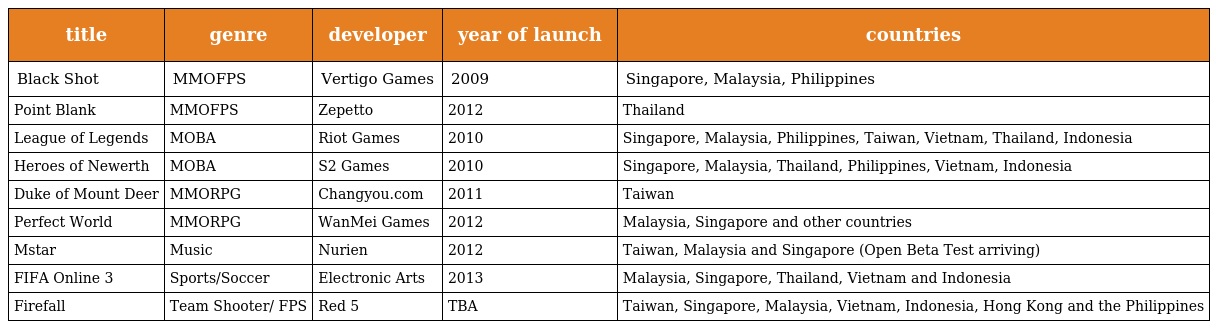
| title | genre | developer | year of launch | countries |
 | --- | --- | --- | --- | --- |
 | Black Shot | MMOFPS | Vertigo Games | 2009 | Singapore, Malaysia, Philippines |
 | Point Blank | MMOFPS | Zepetto | 2012 | Thailand |
 | League of Legends | MOBA | Riot Games | 2010 | Singapore, Malaysia, Philippines, Taiwan, Vietnam, Thailand, Indonesia |
 | Heroes of Newerth | MOBA | S2 Games | 2010 | Singapore, Malaysia, Thailand, Philippines, Vietnam, Indonesia |
 | Duke of Mount Deer | MMORPG | Changyou.com | 2011 | Taiwan |
 | Perfect World | MMORPG | WanMei Games | 2012 | Malaysia, Singapore and other countries |
 | Mstar | Music | Nurien | 2012 | Taiwan, Malaysia and Singapore (Open Beta Test arriving) |
 | FIFA Online 3 | Sports/Soccer | Electronic Arts | 2013 | Malaysia, Singapore, Thailand, Vietnam and Indonesia |
 | Firefall | Team Shooter/ FPS | Red 5 | TBA | Taiwan, Singapore, Malaysia, Vietnam, Indonesia, Hong Kong and the Philippines |